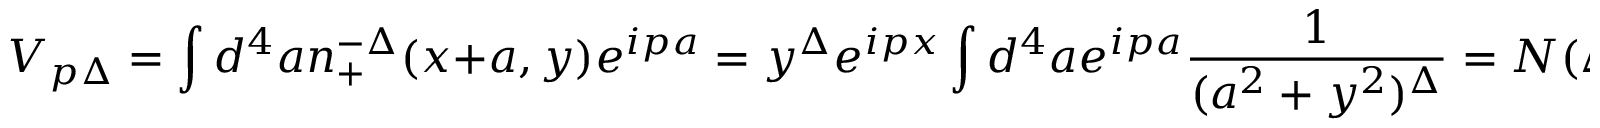
V _ { p \Delta } = \int d ^ { 4 } a n _ { + } ^ { - \Delta } ( x + a , y ) e ^ { i p a } = y ^ { \Delta } e ^ { i p x } \int d ^ { 4 } a e ^ { i p a } \frac { 1 } { ( a ^ { 2 } + y ^ { 2 } ) ^ { \Delta } } = N ( \Delta ) p ^ { \Delta - 2 } y ^ { 2 } K _ { \Delta - 2 } ( p y ) e ^ { i p x }